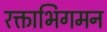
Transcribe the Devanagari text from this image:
रक्ताभिगमन